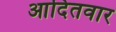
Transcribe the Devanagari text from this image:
आदितवार